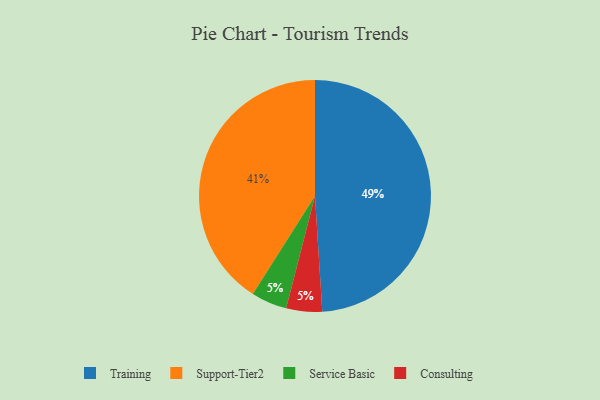
{"axis": {"x": "Category", "y": "Percentage"}, "legend": ["Consulting", "Service Basic", "Support-Tier2", "Training"], "data": [{"x": "Service Basic", "y": 5, "type": "Service Basic"}, {"x": "Consulting", "y": 5, "type": "Consulting"}, {"x": "Training", "y": 49, "type": "Training"}, {"x": "Support-Tier2", "y": 41, "type": "Support-Tier2"}]}